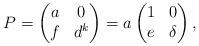
LaTeX: \begin{align*}P = \begin{pmatrix} a & 0 \\ f & d^k \end{pmatrix} = a \begin{pmatrix} 1 & 0 \\ e & \delta \end{pmatrix},\end{align*}